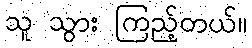
သူ သွား ကြည့်တယ်။